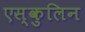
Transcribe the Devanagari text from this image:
एस्कुलिन